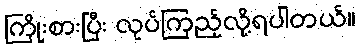
ကြိုးစားပြီး လုပ်ကြည့်လို့ရပါတယ်။